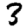
Digit: 3